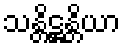
သန္တိဋ္ဌန္တိယာ